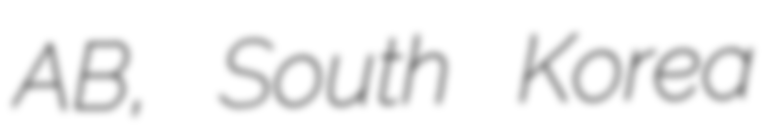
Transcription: AB, South Korea